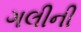
ગલીની